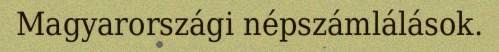
Magyarországi népszámlálások.